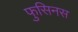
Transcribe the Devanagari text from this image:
फुसिनस